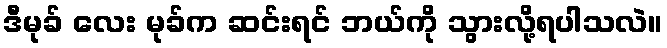
ဒီမုခ် လေး မုခ်က ဆင်းရင် ဘယ်ကို သွားလို့ရပါသလဲ။